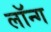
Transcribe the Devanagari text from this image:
लॉन्‍ग